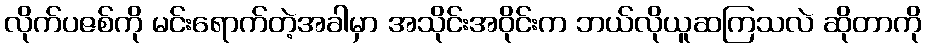
လိုက်ပဇစ်ကို မင်းရောက်တဲ့အခါမှာ အသိုင်းအဝိုင်းက ဘယ်လိုယူဆကြသလဲ ဆိုတာကို